Annual report on the mental hospital in the Central Provinces and Berar (Nagpur) - 1927-1951
Year: 1927
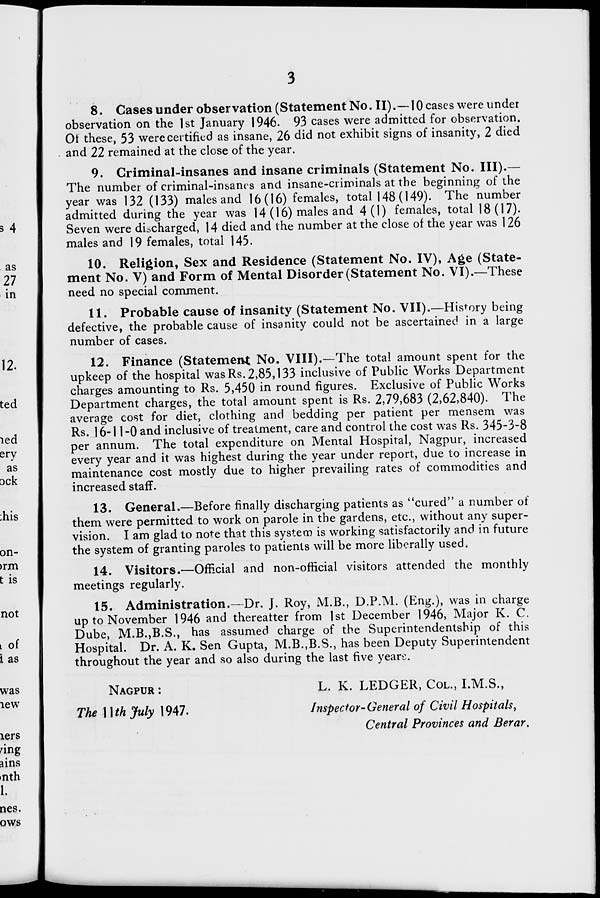
3
8. Gases under observation (Statement No. II).—10 cases were under
observation on the 1st January 1946. 93 cases were admitted for observation.
Of these, 53 were certified as insane, 26 did not exhibit signs of insanity, 2 died
and 22 remained at the close of the year.
9. Criminal-insanes and insane criminals (Statement No. III).—
The number of criminal-insants and insane-criminals at the beginning of the
year was 132 (133) males and 16(16) females, total 148 (149). The number
admitted during the year was 14 (16) males and 4(1) females, total 18(17).
Seven were discharged, 14 died and the number at the close of the year was 126
males and 19 females, total 145.
10. Religion, Sex and Residence (Statement No. IV), Age (State-
ment No. V) and Form of Mental Disorder (Statement No. VI).—These
need no special comment.
11. Probable cause of insanity (Statement No. VII).—History being
defective, the probable cause of insanity could not be ascertained in a large
number of cases.
12. Finance (Statement No. VIII).—The total amount spent for the
upkeep of the hospital was Rs. 2,85,133 inclusive of Public Works Department
charges amounting to Rs. 5,450 in round figures. Exclusive of Public Works
Department charges, the total amount spent is Rs. 2,79,683 (2,62,840). The
average cost for diet, clothing and bedding per patient per mensem was
Rs. 16-11-0 and inclusive of treatment, care and control the cost was Rs. 345-3-8
per annum. The total expenditure on Mental Hospital, Nagpur, increased
every year and it was highest during the year under report, due to increase in
maintenance cost mostly due to higher prevailing rates of commodities and
increased staff.
13. General.—Before finally discharging patients as "cured" a number of
them were permitted to work on parole in the gardens, etc., without any super-
vision. I am glad to note that this system is working satisfactorily and in future
the system of granting paroles to patients will be more liberally used.
14. Visitors.—Official and non-official visitors attended the monthly
meetings regularly.
15. Administration.—Dr. J. Roy, M.B., D.P.M. (Eng.), was in charge
up to November 1946 and thereatter from 1st December 1946, Major K. C.
Dube, M.B.,B.S., has assumed charge of the Superintendentship of this
Hospital. Dr. A. K. Sen Gupta, M.B.,B.S., has been Deputy Superintendent
throughout the year and so also during the last five years.
NAGPUR :
The Uthjuly 1947.
L. K. LEDGER, COL., I.M.S.,
Inspector- General of Civil Hospitals,
Central Provinces and Berar,